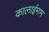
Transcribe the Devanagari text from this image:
कालाईमाम